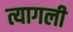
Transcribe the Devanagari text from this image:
त्यागली